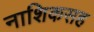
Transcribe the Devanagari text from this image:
नाशिकसह